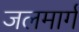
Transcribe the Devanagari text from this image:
जलमार्गं